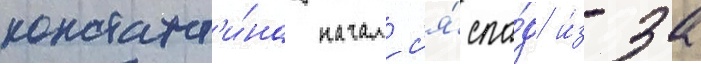
констант'и́на началс'я́ спа́д и́з-за